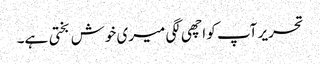
تحریر آپ کو اچھی لگی میری خوش بختی ہے۔